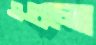
এগুলো